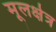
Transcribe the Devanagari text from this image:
मूलक्षेत्र